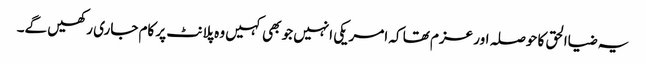
یہ ضیاالحق کا حوصلہ اور عزم تھا کہ امریکی انہیں جو بھی کہیں وہ پلانٹ پر کام جاری رکھیں گے۔